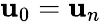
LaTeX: \mathbf{u}_{0}=\mathbf{u}_{n}